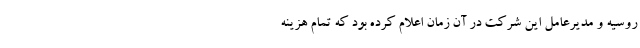
روسیه و مدیرعامل این شرکت در آن زمان اعلام کرده بود که تمام هزینه